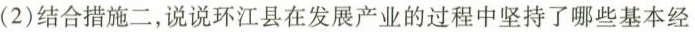
(2)结合措施二，说说环江县在发展产业的过程中坚持了哪些基本经